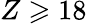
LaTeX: Z\geqslant 18